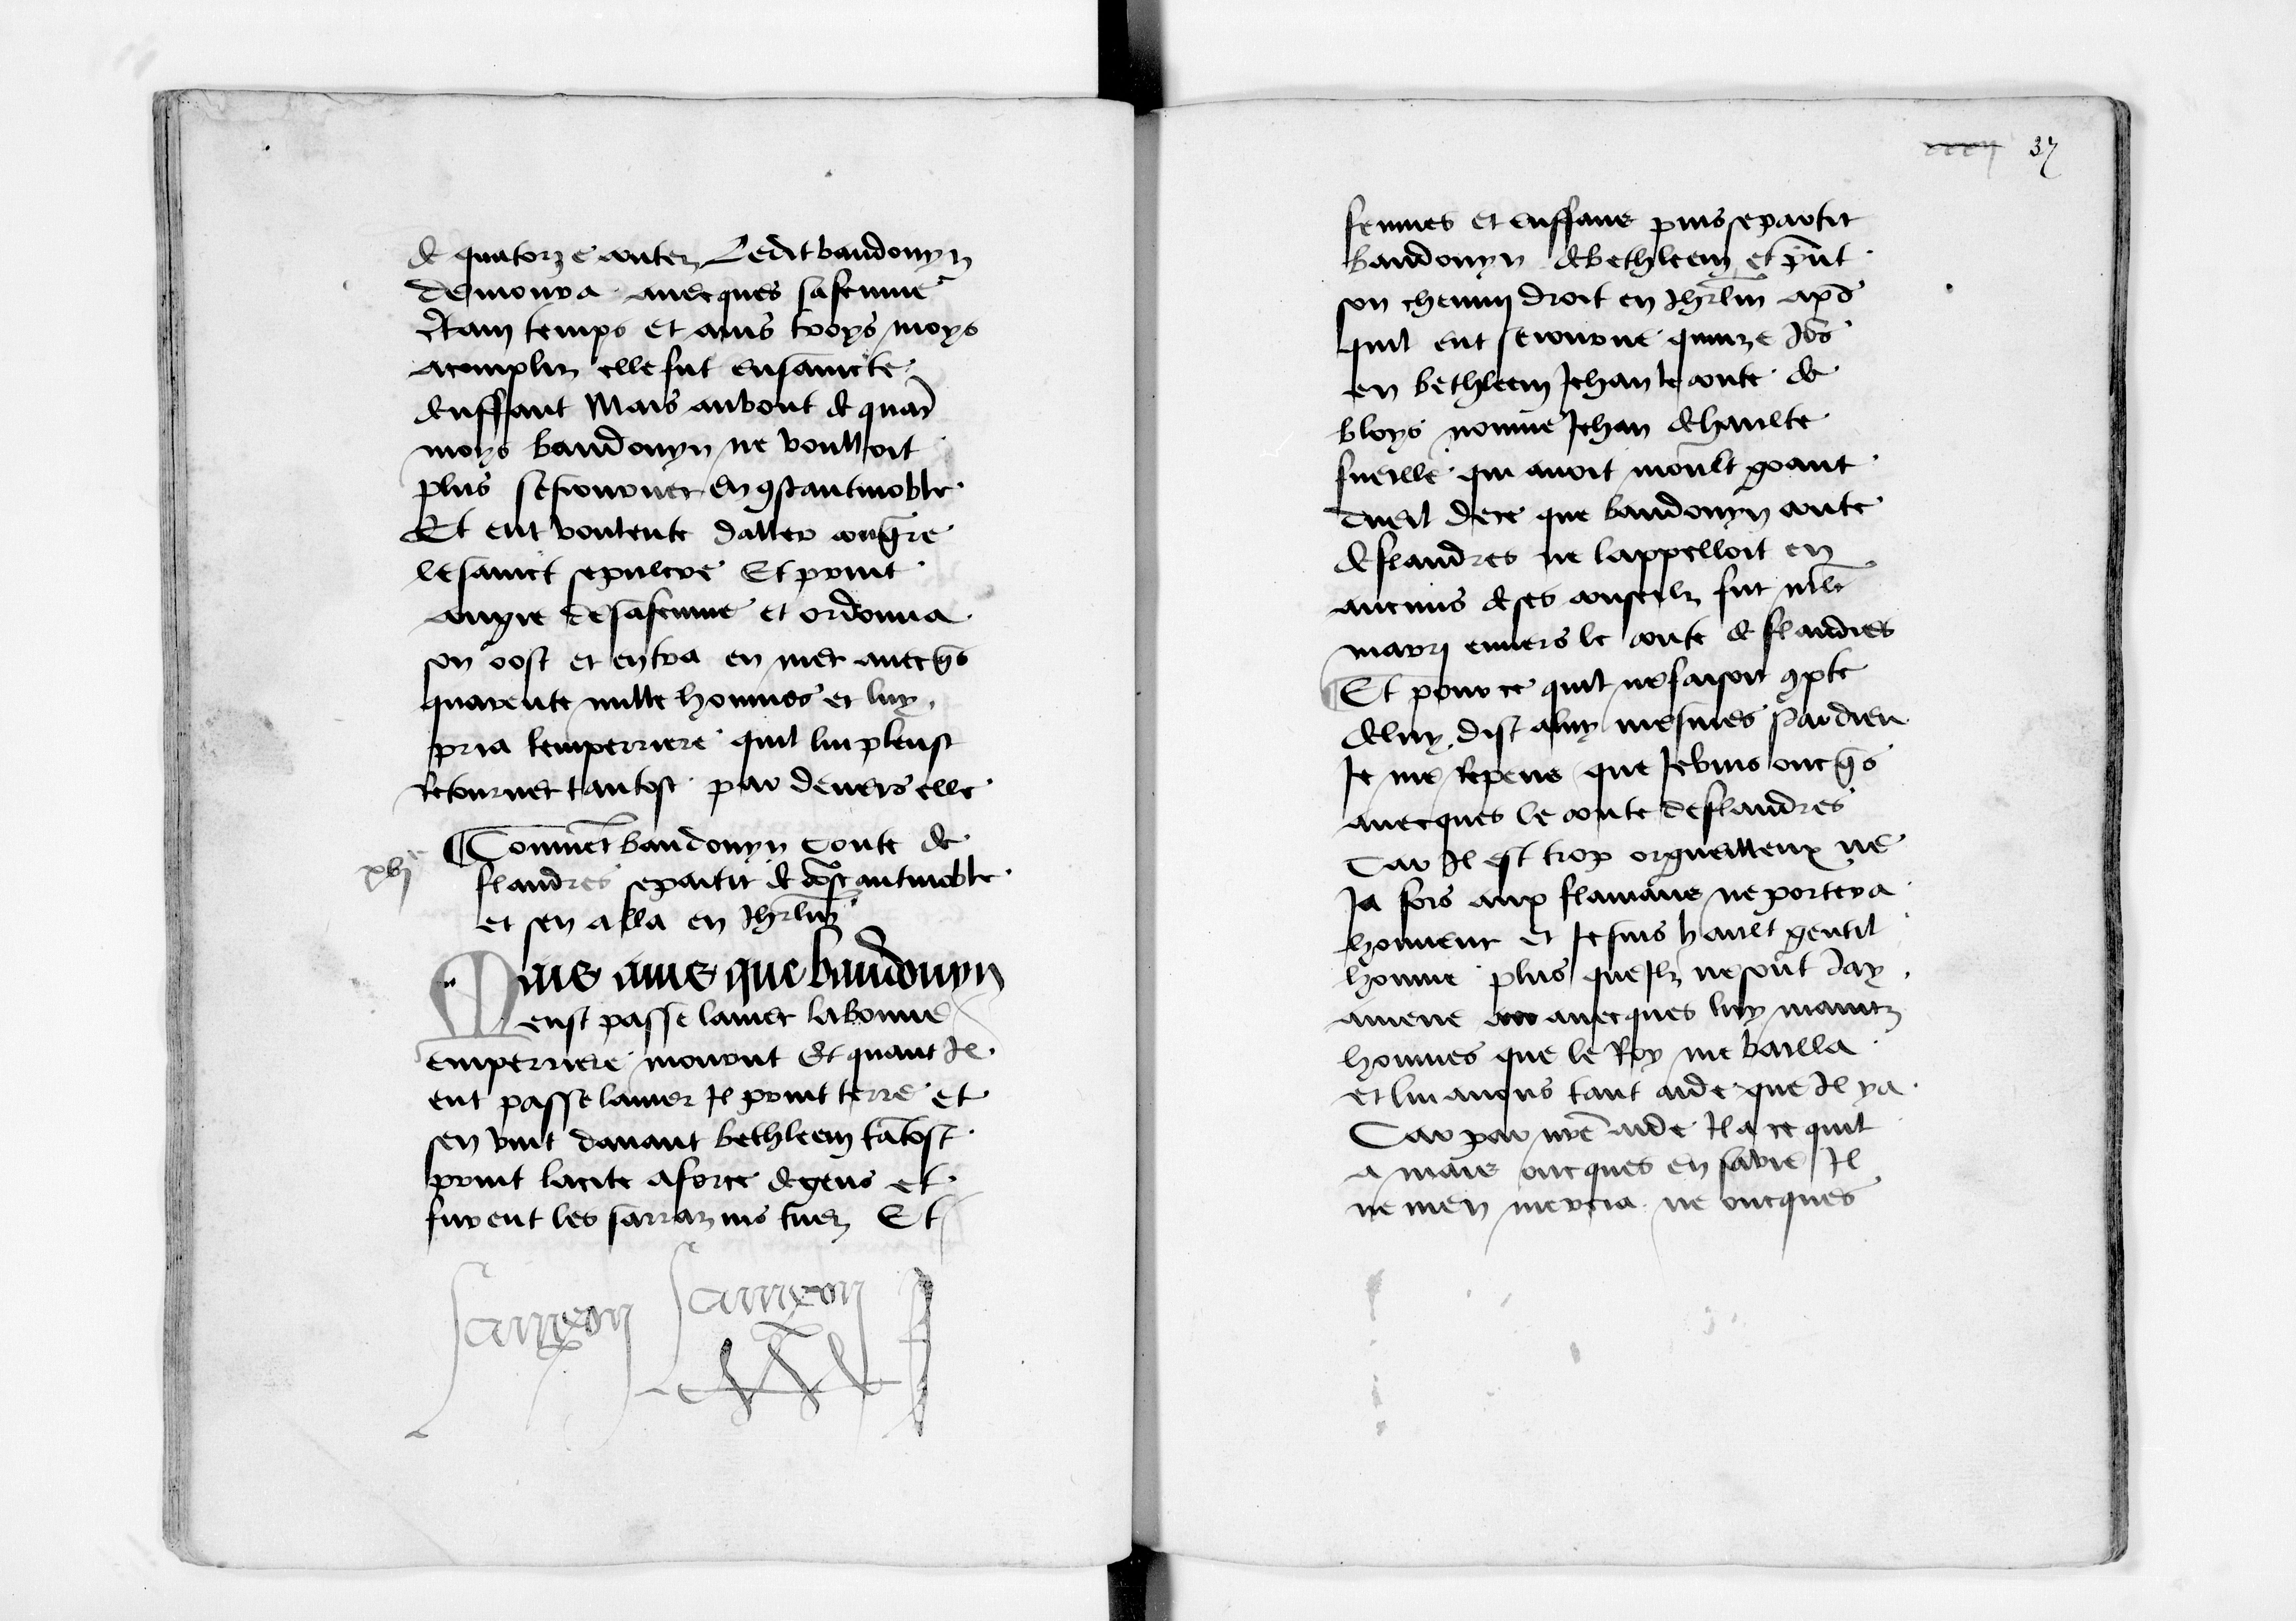
Shelfmark: Paris, BnF, fr. 12551
Century: 15